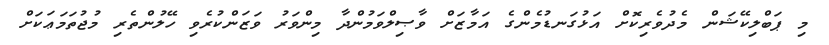
މި ޕަބްލިކޭޝަން މެދުވެރިކޮށް އަޅުގަނޑުމެންގެ އަމާޒަށް ވާޞިލްވަމުންދާ މިންވަރު ވަޒަންކުރެވި ހޭލުންތެރި މުޖުތަމަޢަކަށް